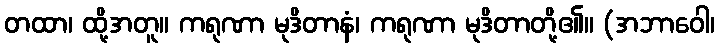
တထာ၊ ထို့အတူ။ ကရုဏာ မုဒိတာနံ၊ ကရုဏာ မုဒိတာတို့၏။ (အဘာဝေါ၊